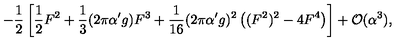
- \frac { 1 } { 2 } \left[ \frac { 1 } { 2 } F ^ { 2 } + \frac { 1 } { 3 } ( 2 \pi \alpha ^ { \prime } g ) F ^ { 3 } + \frac { 1 } { 1 6 } ( 2 \pi \alpha ^ { \prime } g ) ^ { 2 } \left( ( F ^ { 2 } ) ^ { 2 } - 4 F ^ { 4 } \right) \right] + { \cal O } ( \alpha ^ { 3 } ) ,